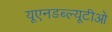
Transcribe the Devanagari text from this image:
यूएनडब्ल्यूटीओ